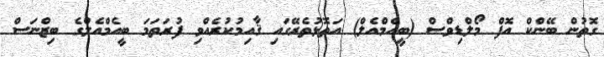
ގޮތުން ބޭންކް އޮފް މޯލްޑިވްސް (ބީއެމްއެލް) އަތޮޅުތެރޭގައި ޤާއިމުކުރެއްވި ފުރަތަމަ ބީއެމްއެލްގެ ބިޒްނަސް